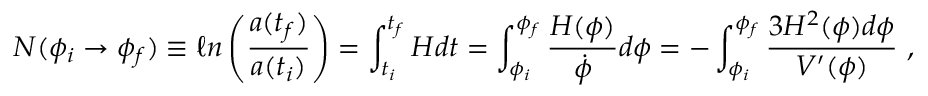
N ( \phi _ { i } \rightarrow \phi _ { f } ) \equiv \ell n \left( \frac { a ( t _ { f } ) } { a ( t _ { i } ) } \right) = \int _ { t _ { i } } ^ { t _ { f } } H d t = \int _ { \phi _ { i } } ^ { \phi _ { f } } \frac { H ( \phi ) } { \dot { \phi } } d \phi = - \int _ { \phi _ { i } } ^ { \phi _ { f } } \frac { 3 H ^ { 2 } ( \phi ) d \phi } { V ^ { \prime } ( \phi ) } ~ ,